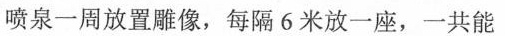
喷泉一周放置雕像，每隔6米放一座，一共能